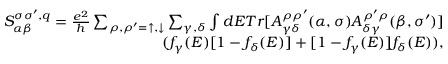
\begin{array} { r } { S _ { \alpha \beta } ^ { \sigma \sigma ^ { \prime } , q } = \frac { e ^ { 2 } } { h } \sum _ { \rho , \rho ^ { \prime } = \uparrow , \downarrow } \sum _ { \gamma , \delta } \int d E T r [ A _ { \gamma \delta } ^ { \rho \rho ^ { \prime } } ( \alpha , \sigma ) A _ { \delta \gamma } ^ { \rho ^ { \prime } \rho } ( \beta , \sigma ^ { \prime } ) ] } \\ { ( f _ { \gamma } ( E ) [ 1 - f _ { \delta } ( E ) ] + [ 1 - f _ { \gamma } ( E ) ] f _ { \delta } ( E ) ) , } \end{array}